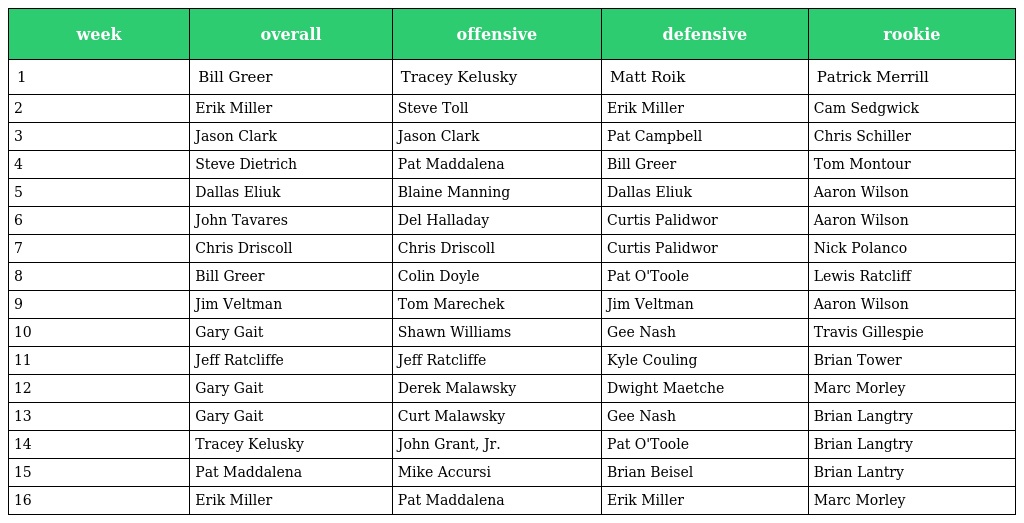
| week | overall | offensive | defensive | rookie |
 | --- | --- | --- | --- | --- |
 | 1 | Bill Greer | Tracey Kelusky | Matt Roik | Patrick Merrill |
 | 2 | Erik Miller | Steve Toll | Erik Miller | Cam Sedgwick |
 | 3 | Jason Clark | Jason Clark | Pat Campbell | Chris Schiller |
 | 4 | Steve Dietrich | Pat Maddalena | Bill Greer | Tom Montour |
 | 5 | Dallas Eliuk | Blaine Manning | Dallas Eliuk | Aaron Wilson |
 | 6 | John Tavares | Del Halladay | Curtis Palidwor | Aaron Wilson |
 | 7 | Chris Driscoll | Chris Driscoll | Curtis Palidwor | Nick Polanco |
 | 8 | Bill Greer | Colin Doyle | Pat O'Toole | Lewis Ratcliff |
 | 9 | Jim Veltman | Tom Marechek | Jim Veltman | Aaron Wilson |
 | 10 | Gary Gait | Shawn Williams | Gee Nash | Travis Gillespie |
 | 11 | Jeff Ratcliffe | Jeff Ratcliffe | Kyle Couling | Brian Tower |
 | 12 | Gary Gait | Derek Malawsky | Dwight Maetche | Marc Morley |
 | 13 | Gary Gait | Curt Malawsky | Gee Nash | Brian Langtry |
 | 14 | Tracey Kelusky | John Grant, Jr. | Pat O'Toole | Brian Langtry |
 | 15 | Pat Maddalena | Mike Accursi | Brian Beisel | Brian Lantry |
 | 16 | Erik Miller | Pat Maddalena | Erik Miller | Marc Morley |